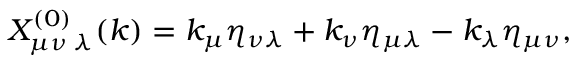
X _ { \mu \nu \; \lambda } ^ { ( 0 ) } ( k ) = k _ { \mu } \eta _ { \nu \lambda } + k _ { \nu } \eta _ { \mu \lambda } - k _ { \lambda } \eta _ { \mu \nu } ,